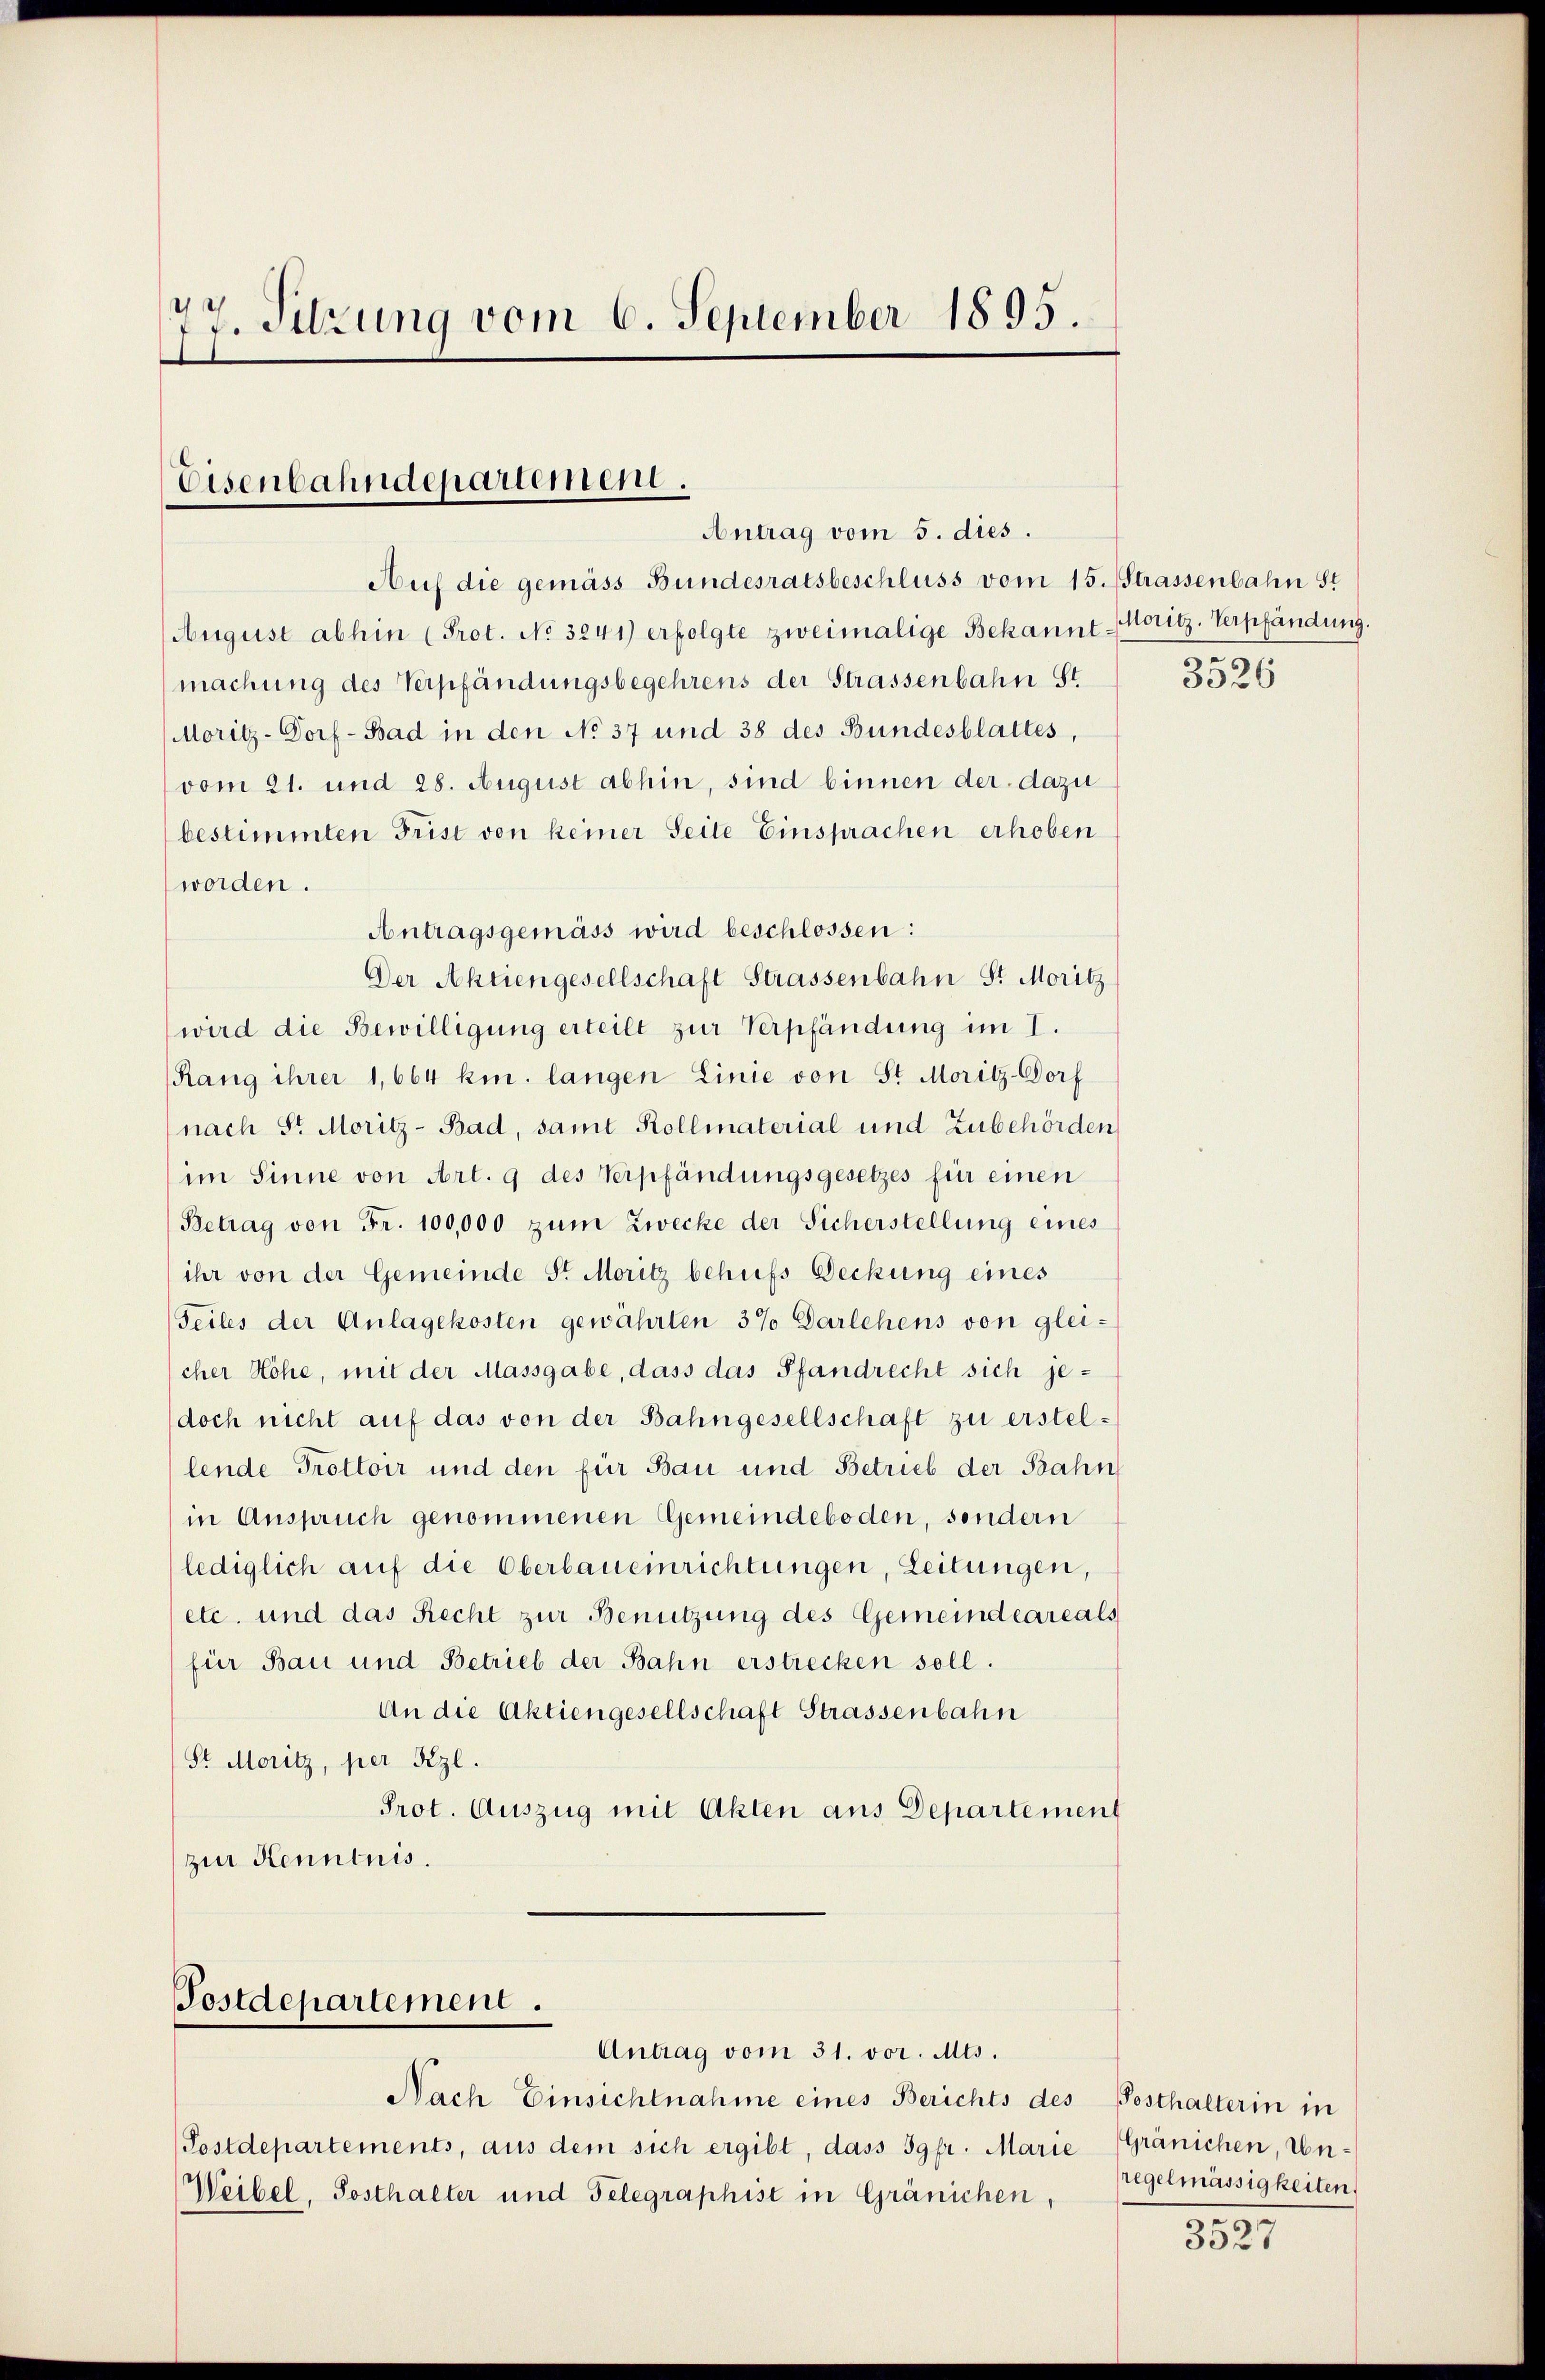
77. Sitzung vom 6. September 1895.

Eisenbahndepartement.
Antrag vom 5. dies.

Postdepartement.

Auf die gemäss Bundesratsbeschluss vom 15. Strassenbahn St
August abhin (Prot. No 3241) erfolgte zweimalige Bekannt-Moritz, Verpfändung.
machung des Verpfändungsbegehrens der Strassenbahn St.
Moritz-Dorf- Bad in den No 37 und 38 des Bundesblattes,
vom 21. und 28. August abhin, sind binnen der dazu
bestimmten Frist von keiner Seite Einsprachen erhoben
worden.
Antragsgemäss wird beschlossen:
Der Aktiengesellschaft Strassenbahn St. Moritz
wird die Bewilligung erteilt zur Verpfändung im I.
Rang ihrer 1,664 km. langen Linie von St. Moritz Dorf
nach St. Moritz- Bad, samt Kollmaterial und Zubehörden
im Sinne von Art. 9 des Verpfändungsgesetzes für einen
Betrag von Fr. 100,000 zum Zwecke der Sicherstellung eines
ihr von der Gemeinde Sr. Moritz behufs Deckung eines
Teiles der Anlagekosten gewährten 3% Darlehens von glei-
cher Höhe, mit der Massgabe, dass das Pfandrecht sich je¬
(doch nicht auf das von der Bahngesellschaft zu erstellende Trottoir und den für Bau und Betrieb der Bahn
in Anspruch genommenen Gemeindeboden, sondern
lediglich auf die Oberbaueinrichtungen, Leitungen,
etc. und das Recht zur Benützung des Gemeindeareals
für Bau und Betrieb der Bahn erstrecken soll.
An die Aktiengesellschaft Strassenbahn
St. Moritz, per Kzl.
Prot. Auszug mit Akten aus Departement
zur Kenntnis.

Antrag vom 31. vor. Mts.
Nach Einsichtnahme eines Berichts des
(Postdepartements, aus dem sich ergibt, dass 39fr. Marie
Weibel, Sosthalter und Telegraphist in Gränichen,

3526

Posthalterin in
Gränichen, Unregelmässigkeiten.

3527